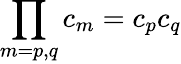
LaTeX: \prod_{m=p,q}c_{m}=c_{p}c_{q}